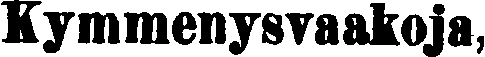
Kymmenysvaakoja,